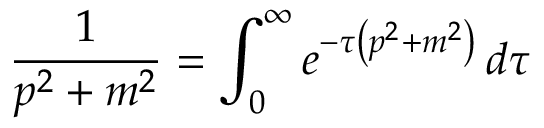
{ \frac { 1 } { p ^ { 2 } + m ^ { 2 } } } = \int _ { 0 } ^ { \infty } e ^ { - \tau \left( p ^ { 2 } + m ^ { 2 } \right) } \, d \tau